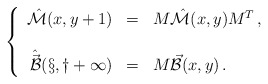
\begin{align*}\left\{\begin{array}{rcl}\hat{\cal M}(x,y+1) & = & M\hat{\cal M}(x,y) M^{T}\, ,\\& & \\\hat{\vec{\cal B}}(x,y+1) & = & M\vec{\cal B}(x,y)\, .\\\end{array}\right.\end{align*}